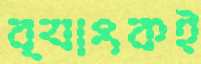
ব্যাংকই